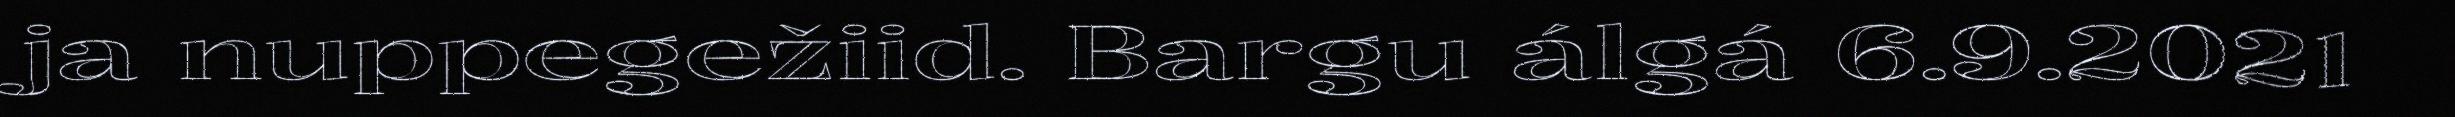
ja nuppegežiid. Bargu álgá 6.9.2021